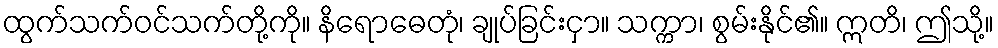
ထွက်သက်ဝင်သက်တို့ကို။ နိရောဓေတုံ၊ ချုပ်ခြင်းငှာ။ သက္ကာ၊ စွမ်းနိုင်၏။ ဣတိ၊ ဤသို့။